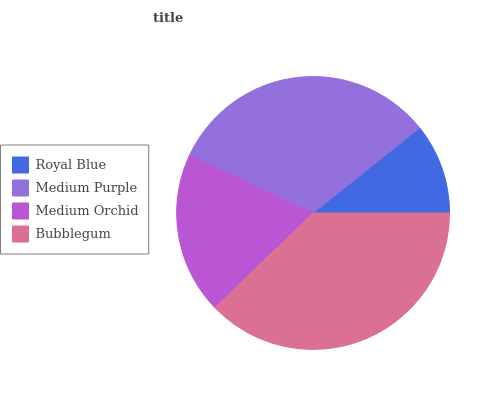
| Royal Blue | Medium Purple | Medium Orchid | Bubblegum |
 | --- | --- | --- | --- |
 | 10.7% | 32.4% | 19.1% | 37.8% |